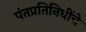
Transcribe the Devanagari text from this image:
पंतप्रतिनिधींचे